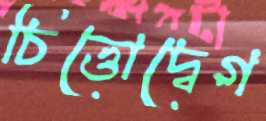
চিত্তোদ্বেগ